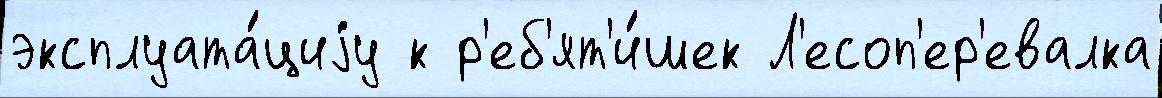
эксплуата́циjу к р'еб'ят'и́шек Л'есоп'ер'евалка